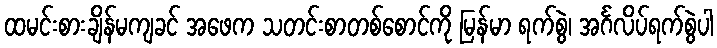
ထမင်းစားချိန်မကျခင် အဖေက သတင်းစာတစ်စောင်ကို မြန်မာ ရက်စွဲ၊ အင်္ဂလိပ်ရက်စွဲပါ